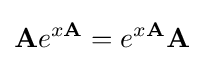
\mathbf {A} e^{x\mathbf {A} }=e^{x\mathbf {A} }\mathbf {A}